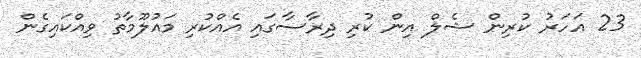
23 އަހަރު ކުރިން ޝެލް އިން ކުރި ދިރާސާގައި އެއްކުރި މައުލޫމާތު ވިއްކައިގެން